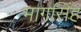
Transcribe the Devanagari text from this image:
भागसिंह